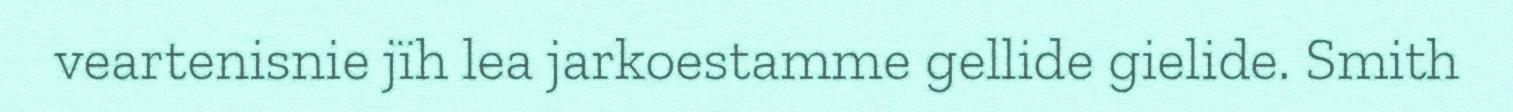
veartenisnie jïh lea jarkoestamme gellide gielide. Smith